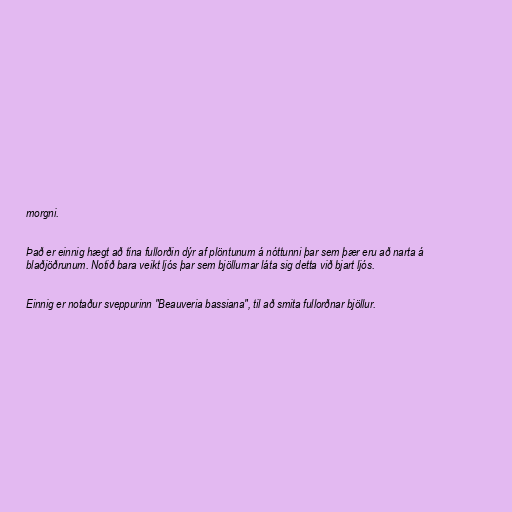
morgni.

Það er einnig hægt að tína fullorðin dýr af plöntunum á nóttunni þar sem þær eru að narta á
blaðjöðrunum. Notið bara veikt ljós þar sem bjöllurnar láta sig detta við bjart ljós.

Einnig er notaður sveppurinn "Beauveria bassiana", til að smita fullorðnar bjöllur.